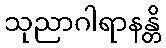
သုညာဂါရာနန္တိ